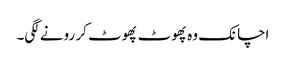
اچانک وہ پھوٹ پھوٹ کر رونے لگی۔